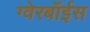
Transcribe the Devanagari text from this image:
ग्‍वेरबॉईस